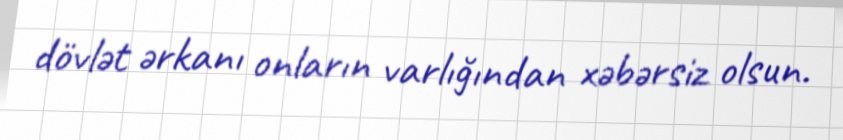
dövlət ərkanı onların varlığından xəbərsiz olsun.